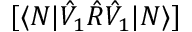
[ \langle N | \hat { V } _ { 1 } \hat { R } \hat { V } _ { 1 } | N \rangle ]